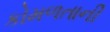
કોમળતાની